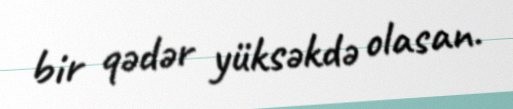
bir qədər yüksəkdə olasan.